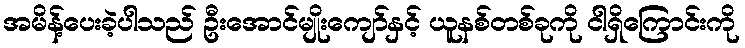
အမိန့်ပေးခဲ့ပါသည် ဦးအောင်မျိုးကျော်နှင့် ယူနစ်တစ်ခုကို ငါရှိကြောင်းကို